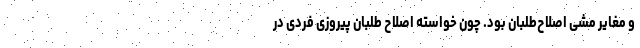
و مغایر مشی اصلاح‌طلبان بود. چون خواسته اصلاح طلبان پیروزی فردی در